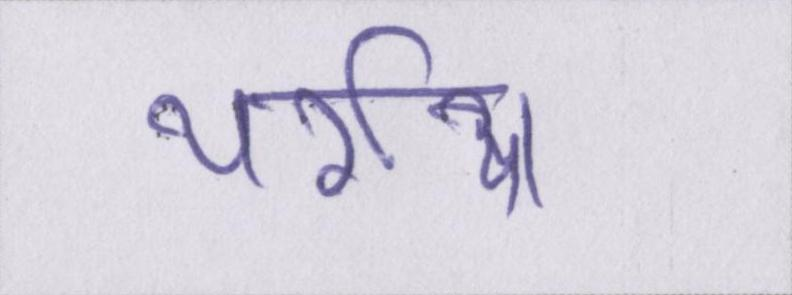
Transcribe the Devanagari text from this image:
थर्राया।